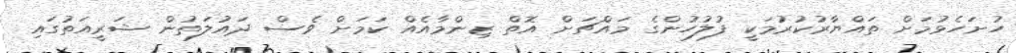
ހުށަހެޅުމަށް ތައްޔާރުކުރުމަކީ ފުލުހުންގެ މައްޗަށް އޮތް ޒިންމާއެއް ކަމަށް ވެސް ދައުލަތުން ޝަރީއަތުގައި